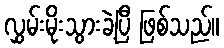
လွှမ်းမိုးသွားခဲ့ပြီ ဖြစ်သည်။